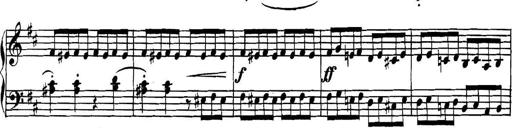
Title: Collected Piano Sonatas
Composer: Muzio Clementi